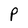
Character: P